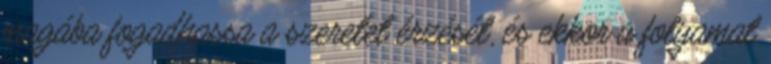
magába fogadhassa a szeretet érzését, és ekkor a folyamat